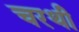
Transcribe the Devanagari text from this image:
चरथी